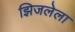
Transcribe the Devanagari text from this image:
झिजलेला